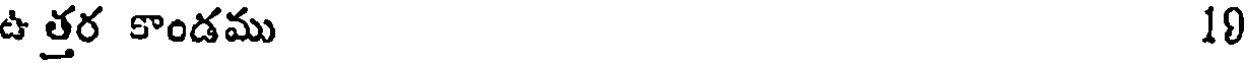
ఉత్తర కాండము 10